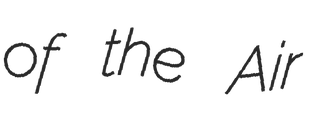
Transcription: of the Air